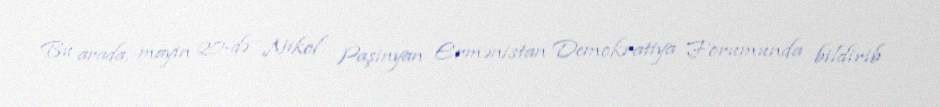
Bu arada, mayın 20-də Nikol Paşinyan Ermənistan Demokratiya Forumunda bildirib